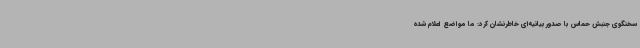
سخنگوی جنبش حماس با صدور بیانیه‌ای خاطرنشان کرد: ما مواضع اعلام شده